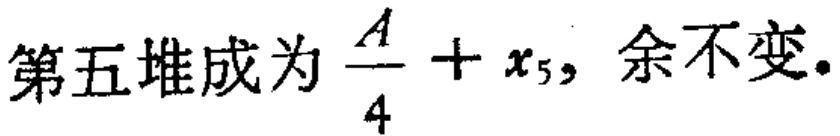
第五堆成为$\frac{A}{4}+x_{5}$, 余不变.